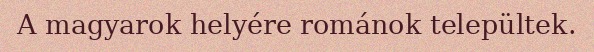
A magyarok helyére románok települtek.